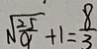
\sqrt { \frac { 2 5 } { 9 } } + 1 = \frac { 8 } { 3 }